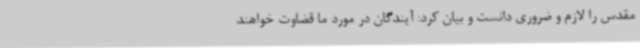
مقدس را لازم و ضروری دانست و بیان کرد: آیندگان در مورد ما قضاوت خواهند